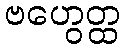
ဗဟွေတ္ထ